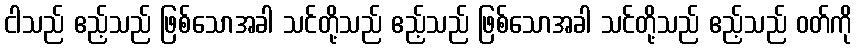
ငါသည် ဧည့်သည် ဖြစ်သောအခါ သင်တို့သည် ဧည့်သည် ဖြစ်သောအခါ သင်တို့သည် ဧည့်သည် ဝတ်ကို